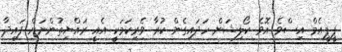
ޕީޕީއެމް އިސްވެ އޮވެ ކޯލިޝަން ހަދައިގެން ކުރާ ވެރިކަމަކީ އެއީ ރައްޔިތުންނަށް ފައިދާ